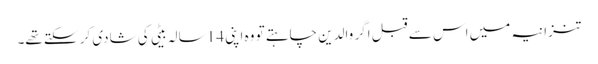
تنزانیہ میں اس سے قبل اگر والدین چاہتے تو وہ اپنی 14 سالہ بیٹی کی شادی کر سکتے تھے۔